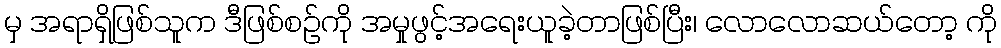
မှ အရာရှိဖြစ်သူက ဒီဖြစ်စဉ်ကို အမှုဖွင့်အရေးယူခဲ့တာဖြစ်ပြီး၊ လောလောဆယ်တော့ ကို